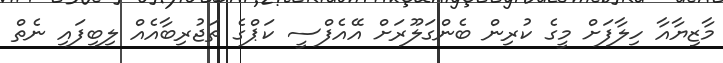
މާޒިޔާއާ ހިލާފަށް މީގެ ކުރިން ބެންގަލޫރަށް އޭއެފްސީ ކަޕްގެ ތަޖުރިބާއެއް ލިބިފައި ނެތް